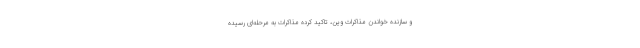
و سازنده خواندن مذاکرات وین، تاکید کرده مذاکرات به مرحله‌ای رسیده